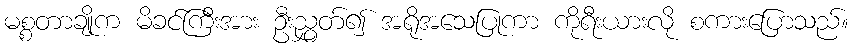
မစ္စတာချိုက မိခင်ကြီးအား ဦးညွှတ်၍ အရိုအသေပြုကာ ကိုရီးယားလို စကားပြောသည်။